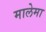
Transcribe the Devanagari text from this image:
मालेमा